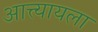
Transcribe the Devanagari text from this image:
आत्त्यायला